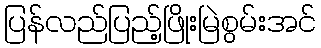
ပြန်လည်ပြည့်ဖြိုးမြဲစွမ်းအင်